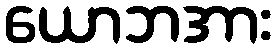
ယောဘအား